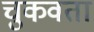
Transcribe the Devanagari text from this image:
चुकवता